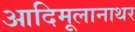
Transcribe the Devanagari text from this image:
आदिमूलानाथर